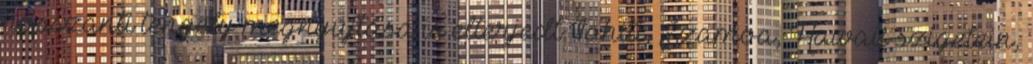
hosszanti tengely megnyújtása is elterjedt Tahiti, Szamoa, Hawaii szigetein,